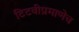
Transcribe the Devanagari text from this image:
टिटवीप्रमाणेच